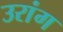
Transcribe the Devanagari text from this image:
उरांग